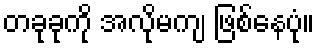
တခုခုကို အလိုမကျ ဖြစ်နေပုံ။